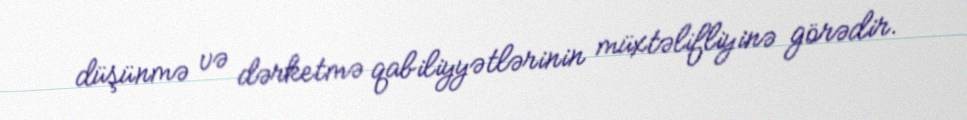
düşünmə və dərketmə qabiliyyətlərinin müxtəlifliyinə görədir.